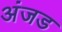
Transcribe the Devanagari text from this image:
अंजड